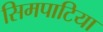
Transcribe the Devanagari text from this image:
सिमपाटिया